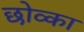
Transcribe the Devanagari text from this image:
छोव्का